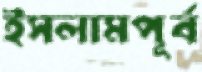
ইসলামপূর্ব